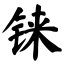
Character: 铼